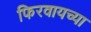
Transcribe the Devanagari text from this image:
फिरवायच्या